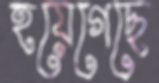
হয়েগেছে